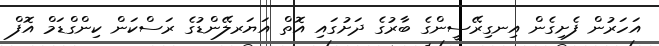
އަހަރުން ފެށިގެން އިނގިރޭސީންގެ ބާރުގެ ދަށުގައި އޮތް އަޔަރލޭންޑުގެ ރަސްކަން ކިންގްޑަމް އޮފް